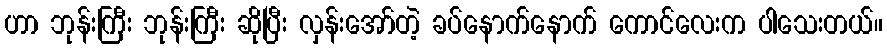
ဟာ ဘုန်းကြီး ဘုန်းကြီး ဆိုပြီး လှန်းအော်တဲ့ ခပ်နောက်နောက် ကောင်လေးက ပါသေးတယ်။